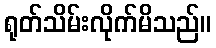
ရုတ်သိမ်းလိုက်မိသည်။